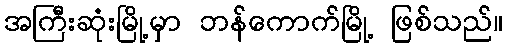
အကြီးဆုံးမြို့မှာ ဘန်ကောက်မြို့ ဖြစ်သည်။